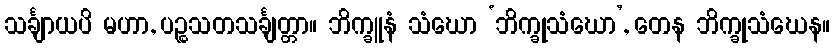
သင်္ချာယပိ မဟာ, ပဉ္စသတသင်္ချတ္တာ။ ဘိက္ခူနံ သံဃော ‘ဘိက္ခုသံဃော’, တေန ဘိက္ခုသံဃေန။